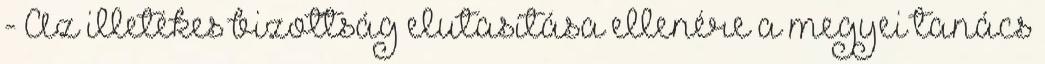
- Az illetékes bizottság elutasítása ellenére a megyei tanács